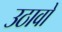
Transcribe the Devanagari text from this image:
उठावो